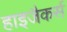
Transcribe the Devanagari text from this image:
हाइजैकर्स